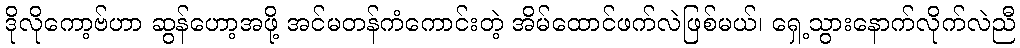
ဒိုလိုကော့ဗ်ဟာ ဆွန်ဟော့အဖို့ အင်မတန်ကံကောင်းတဲ့ အိမ်ထောင်ဖက်လဲဖြစ်မယ်၊ ရှေ့သွားနောက်လိုက်လဲညီ